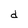
Character: d